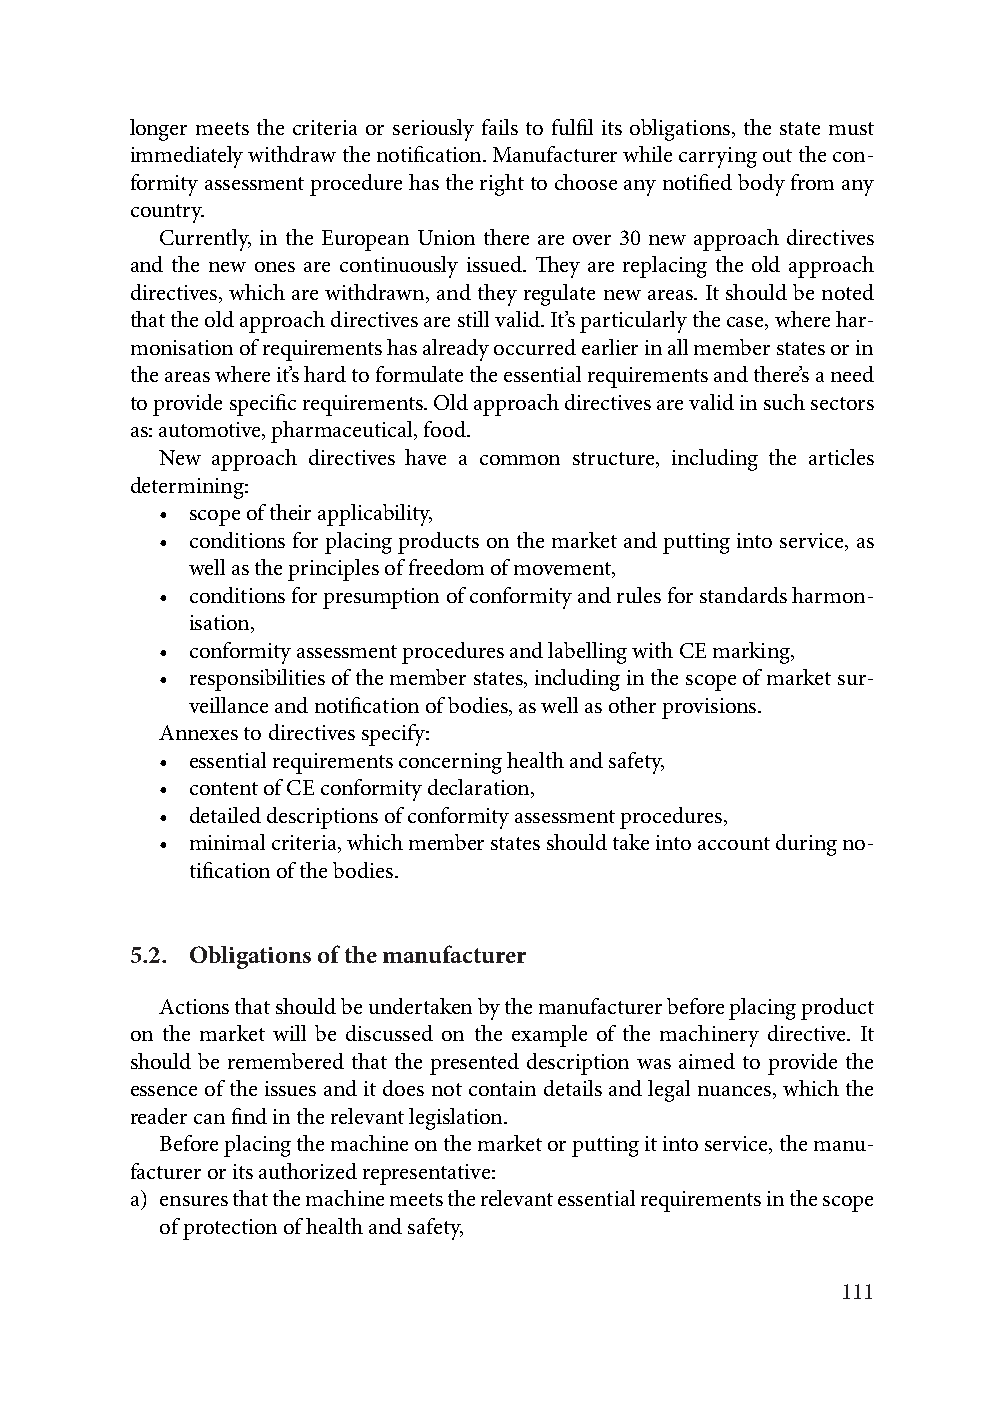
longer meets the criteria or seriously fails to fulfil its obligations, the state must
 immediately withdraw the notification. Manufacturer while carrying out the con-
 formity assessment procedure has the right to choose any notified body from any
 country.
 Currently, in the European Union there are over 30 new approach directives
 and the new ones are continuously issued. They are replacing the old approach
 directives, which are withdrawn, and they regulate new areas. It should be noted
 that the old approach directives are still valid. It’s particularly the case, where har-
 monisation of requirements has already occurred earlier in all member states or in
 the areas where it’s hard to formulate the essential requirements and there’s a need
 to provide specific requirements. Old approach directives are valid in such sectors
 as: automotive, pharmaceutical, food.
 New approach directives have a common structure, including the articles
 determining:
 • scope of their applicability,
 • conditions for placing products on the market and putting into service, as
 well as the principles of freedom of movement,
 • conditions for presumption of conformity and rules for standards harmon-
 isation,
 • conformity assessment procedures and labelling with CE marking,
 • responsibilities of the member states, including in the scope of market sur-
 veillance and notification of bodies, as well as other provisions.
 Annexes to directives specify:
 • essential requirements concerning health and safety,
 • content of CE conformity declaration,
 • detailed descriptions of conformity assessment procedures,
 • minimal criteria, which member states should take into account during no-
 tification of the bodies.
 5.2. Obligations of the manufacturer
 Actions that should be undertaken by the manufacturer before placing product
 on the market will be discussed on the example of the machinery directive. It
 should be remembered that the presented description was aimed to provide the
 essence of the issues and it does not contain details and legal nuances, which the
 reader can find in the relevant legislation.
 Before placing the machine on the market or putting it into service, the manu-
 facturer or its authorized representative:
 a) ensures that the machine meets the relevant essential requirements in the scope
 of protection of health and safety,
 111